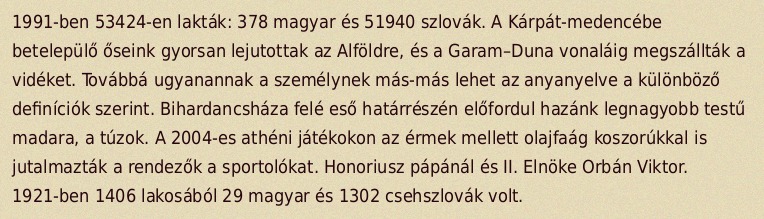
1991-ben 53424-en lakták: 378 magyar és 51940 szlovák. A Kárpát-medencébe betelepülő őseink gyorsan lejutottak az Alföldre, és a Garam–Duna vonaláig megszállták a vidéket. Továbbá ugyanannak a személynek más-más lehet az anyanyelve a különböző definíciók szerint. Bihardancsháza felé eső határrészén előfordul hazánk legnagyobb testű madara, a túzok. A 2004-es athéni játékokon az érmek mellett olajfaág koszorúkkal is jutalmazták a rendezők a sportolókat. Honoriusz pápánál és II. Elnöke Orbán Viktor. 1921-ben 1406 lakosából 29 magyar és 1302 csehszlovák volt.